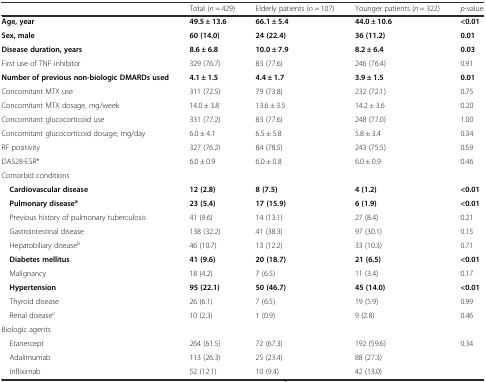
<table><thead><tr><td></td><td><b>Total (<i>n</i> = 429)</b></td><td><b>Elderly patients (<i>n</i> = 107)</b></td><td><b>Younger patients (<i>n</i> = 322)</b></td><td><b><i>p</i>-value</b></td></tr></thead><tbody><tr><td><b>Age, year</b></td><td><b>49.5 ± 13.6</b></td><td><b>66.1 ± 5.4</b></td><td><b>44.0 ± 10.6</b></td><td><b>&lt;0.01</b></td></tr><tr><td><b>Sex, male</b></td><td><b>60 (14.0)</b></td><td><b>24 (22.4)</b></td><td><b>36 (11.2)</b></td><td><b>0.01</b></td></tr><tr><td><b>Disease duration, years</b></td><td><b>8.6 ± 6.8</b></td><td><b>10.0 ± 7.9</b></td><td><b>8.2 ± 6.4</b></td><td><b>0.03</b></td></tr><tr><td>First use of TNF inhibitor</td><td>329 (76.7)</td><td>83 (77.6)</td><td>246 (76.4)</td><td>0.91</td></tr><tr><td><b>Number of previous non-biologic DMARDs used</b></td><td><b>4.1 ± 1.5</b></td><td><b>4.4 ± 1.7</b></td><td><b>3.9 ± 1.5</b></td><td><b>0.01</b></td></tr><tr><td>Concomitant MTX use</td><td>311 (72.5)</td><td>79 (73.8)</td><td>232 (72.1)</td><td>0.75</td></tr><tr><td>Concomitant MTX dosage, mg/week</td><td>14.0 ± 3.8</td><td>13.6 ± 3.5</td><td>14.2 ± 3.6</td><td>0.20</td></tr><tr><td>Concomitant glucocorticoid use</td><td>331 (77.2)</td><td>83 (77.6)</td><td>248 (77.0)</td><td>1.00</td></tr><tr><td>Concomitant glucocorticoid dosage, mg/day</td><td>6.0 ± 4.1</td><td>6.5 ± 5.8</td><td>5.8 ± 3.4</td><td>0.34</td></tr><tr><td>RF positivity</td><td>327 (76.2)</td><td>84 (78.5)</td><td>243 (75.5)</td><td>0.59</td></tr><tr><td>DAS28-ESR*</td><td>6.0 ± 0.9</td><td>6.0 ± 0.8</td><td>6.0 ± 0.9</td><td>0.46</td></tr><tr><td>Comorbid conditions</td><td></td><td></td><td></td><td></td></tr><tr><td><b> Cardiovascular disease</b></td><td><b>12 (2.8)</b></td><td><b>8 (7.5)</b></td><td><b>4 (1.2)</b></td><td><b>&lt;0.01</b></td></tr><tr><td><b> Pulmonary disease</b><sup><b>a</b></sup></td><td><b>23 (5.4)</b></td><td><b>17 (15.9)</b></td><td><b>6 (1.9)</b></td><td><b>&lt;0.01</b></td></tr><tr><td> Previous history of pulmonary tuberculosis</td><td>41 (9.6)</td><td>14 (13.1)</td><td>27 (8.4)</td><td>0.21</td></tr><tr><td> Gastrointestinal disease</td><td>138 (32.2)</td><td>41 (38.3)</td><td>97 (30.1)</td><td>0.15</td></tr><tr><td> Hepatobiliary disease<sup>b</sup></td><td>46 (10.7)</td><td>13 (12.2)</td><td>33 (10.3)</td><td>0.71</td></tr><tr><td><b> Diabetes mellitus</b></td><td><b>41 (9.6)</b></td><td><b>20 (18.7)</b></td><td><b>21 (6.5)</b></td><td><b>&lt;0.01</b></td></tr><tr><td> Malignancy</td><td>18 (4.2)</td><td>7 (6.5)</td><td>11 (3.4)</td><td>0.17</td></tr><tr><td><b> Hypertension</b></td><td><b>95 (22.1)</b></td><td><b>50 (46.7)</b></td><td><b>45 (14.0)</b></td><td><b>&lt;0.01</b></td></tr><tr><td> Thyroid disease</td><td>26 (6.1)</td><td>7 (6.5)</td><td>19 (5.9)</td><td>0.99</td></tr><tr><td> Renal disease<sup>c</sup></td><td>10 (2.3)</td><td>1 (0.9)</td><td>9 (2.8)</td><td>0.46</td></tr><tr><td>Biologic agents</td><td></td><td></td><td></td><td></td></tr><tr><td> Etanercept</td><td>264 (61.5)</td><td>72 (67.3)</td><td>192 (59.6)</td><td>0.34</td></tr><tr><td> Adalimumab</td><td>113 (26.3)</td><td>25 (23.4)</td><td>88 (27.3)</td><td></td></tr><tr><td> Infliximab</td><td>52 (12.1)</td><td>10 (9.4)</td><td>42 (13.0)</td><td></td></tr></tbody></table>